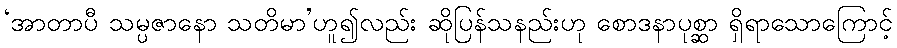
‘အာတာပီ သမ္ပဇာနော သတိမာ’ဟူ၍လည်း ဆိုပြန်သနည်းဟု စောဒနာပုစ္ဆာ ရှိရာသောကြောင့်